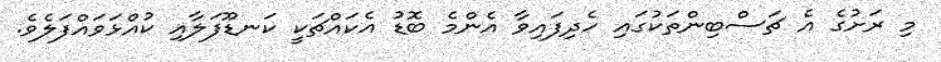
މި ރަށުގެ އެ ޗަސްބިންތަކުގައި ހެދިފައިވާ އެންމެ ބޮޑު އެކައްޗަކީ ކަނޑޫފަލާއި ކުއްޅަވައްފަލެވެ.